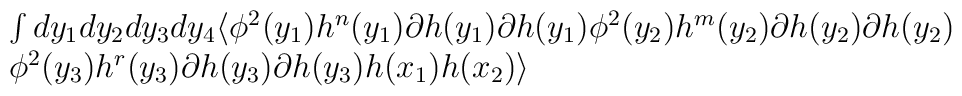
\begin{array}{l}\int dy_{1}dy_{2}dy_{3}dy_{4} \langle\phi^{2}(y_{1})h^{n}(y_{1})\partial h (y_{1})\partial h(y_{1})\phi^{2}(y_{2})h^{m}(y_{2})\partial h (y_{2})\partial h(y_{2}) \cr\phi^{2}(y_{3})h^{r}(y_{3})\partial h (y_{3})\partial h(y_{3})   h(x_{1})h(x_{2})\rangle   \end{array}